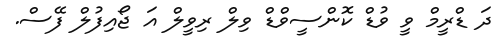
ދަ ޑްރީމް ވީ ވުޑް ކޮންސީވްޑް ވިލް ރިވީލް އަ ޖޯއިފުލް ފޭސް.